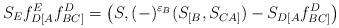
LaTeX: \begin{align*}S_Ef_{D[A}^Ef_{BC]}^D=\left(S,(-)^{\varepsilon_B}(S_{[B},S_{CA]})-S_{D[A}f_{BC]}^D\right)\end{align*}